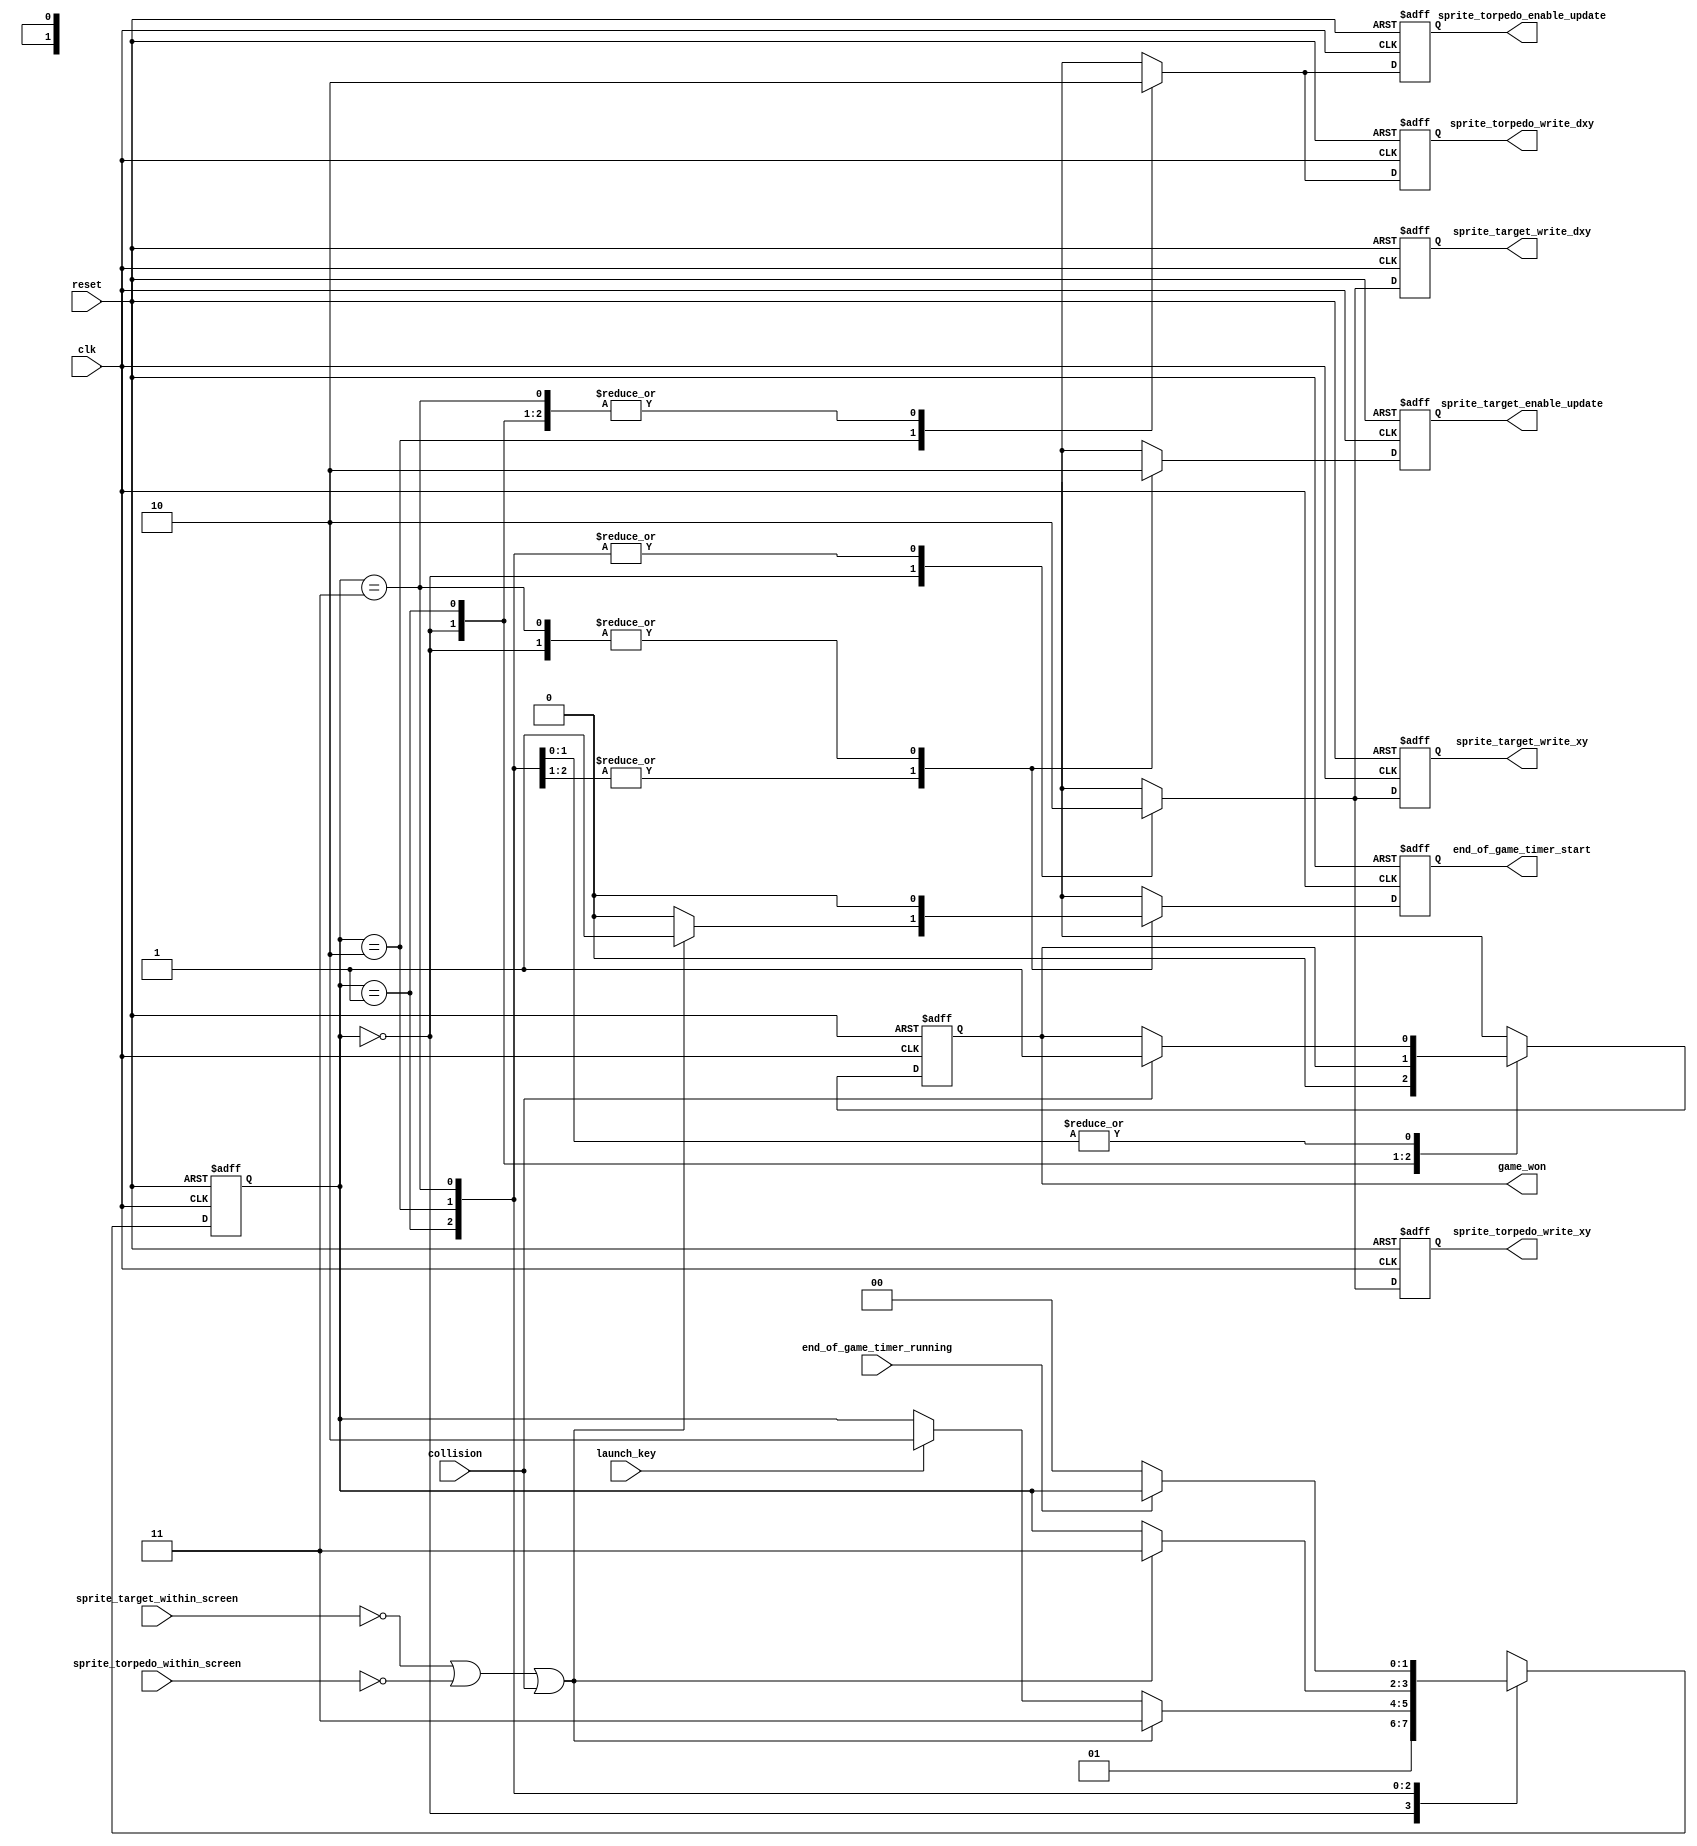
module game_master_fsm_1_regular_state_encoded
(
    input      clk,
    input      reset,

    input      launch_key,

    output reg sprite_target_write_xy,
    output reg sprite_torpedo_write_xy,

    output reg sprite_target_write_dxy,
    output reg sprite_torpedo_write_dxy,

    output reg sprite_target_enable_update,
    output reg sprite_torpedo_enable_update,

    input      sprite_target_within_screen,
    input      sprite_torpedo_within_screen,

    input      collision,

    output reg end_of_game_timer_start,
    output reg game_won,

    input      end_of_game_timer_running
);

    localparam [1:0] STATE_START  = 0,
                     STATE_AIM    = 1,
                     STATE_SHOOT  = 2,
                     STATE_END    = 3;

    reg [1:0] state;
    reg [1:0] d_state;

    reg d_sprite_target_write_xy;
    reg d_sprite_torpedo_write_xy;

    reg d_sprite_target_write_dxy;
    reg d_sprite_torpedo_write_dxy;

    reg d_sprite_target_enable_update;
    reg d_sprite_torpedo_enable_update;

    reg d_end_of_game_timer_start;
    reg d_game_won;

    //------------------------------------------------------------------------

    wire end_of_game
        =   ~ sprite_target_within_screen
          | ~ sprite_torpedo_within_screen
          |   collision;

    //------------------------------------------------------------------------

    always @*
    begin
        d_state = state;

        d_sprite_target_write_xy        = 1'b0;
        d_sprite_torpedo_write_xy       = 1'b0;

        d_sprite_target_write_dxy       = 1'b0;
        d_sprite_torpedo_write_dxy      = 1'b0;

        d_sprite_target_enable_update   = 1'b0;
        d_sprite_torpedo_enable_update  = 1'b0;

        d_end_of_game_timer_start       = 1'b0;
        d_game_won                      = game_won;

        //--------------------------------------------------------------------

        case (state)

        STATE_START:
        begin
            d_sprite_target_write_xy        = 1'b1;
            d_sprite_torpedo_write_xy       = 1'b1;

            d_sprite_target_write_dxy       = 1'b1;

            d_game_won                      = 1'b0;

            d_state = STATE_AIM;
        end

        STATE_AIM:
        begin
            d_sprite_target_enable_update   = 1'b1;

            if (end_of_game)
            begin
                d_end_of_game_timer_start   = 1'b1;

                d_state = STATE_END;
            end
            else if (launch_key)
            begin
                d_state = STATE_SHOOT;
            end
        end

        STATE_SHOOT:
        begin
            d_sprite_torpedo_write_dxy      = 1'b1;

            d_sprite_target_enable_update   = 1'b1;
            d_sprite_torpedo_enable_update  = 1'b1;

            if (collision)
                d_game_won = 1'b1;

            if (end_of_game)
            begin
                d_end_of_game_timer_start   = 1'b1;

                d_state = STATE_END;
            end
        end

        STATE_END:
        begin
            // TODO: Investigate why it needs collision detection here
            // and not in previous state

            if (collision)
                d_game_won = 1'b1;

            if (! end_of_game_timer_running)
                d_state = STATE_START;
        end

        endcase
    end

    //------------------------------------------------------------------------

    always @ (posedge clk or posedge reset)
        if (reset)
        begin
            state                         <= STATE_START;

            sprite_target_write_xy        <= 1'b0;
            sprite_torpedo_write_xy       <= 1'b0;

            sprite_target_write_dxy       <= 1'b0;
            sprite_torpedo_write_dxy      <= 1'b0;

            sprite_target_enable_update   <= 1'b0;
            sprite_torpedo_enable_update  <= 1'b0;

            end_of_game_timer_start       <= 1'b0;
            game_won                      <= 1'b0;
        end
        else
        begin
            state                         <= d_state;

            sprite_target_write_xy        <= d_sprite_target_write_xy;
            sprite_torpedo_write_xy       <= d_sprite_torpedo_write_xy;

            sprite_target_write_dxy       <= d_sprite_target_write_dxy;
            sprite_torpedo_write_dxy      <= d_sprite_torpedo_write_dxy;

            sprite_target_enable_update   <= d_sprite_target_enable_update;
            sprite_torpedo_enable_update  <= d_sprite_torpedo_enable_update;

            end_of_game_timer_start       <= d_end_of_game_timer_start;
            game_won                      <= d_game_won;
        end

endmodule